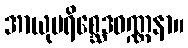
အာယုပရိစ္ဆေဒဝဏ္ဏနာ။